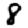
Digit: 8